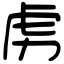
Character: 虏